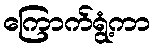
ကြောက်ရွံ့ကာ